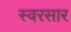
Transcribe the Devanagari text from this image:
स्वरसार